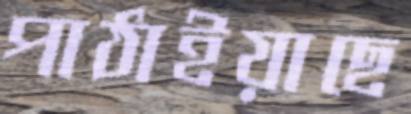
পাঠাইয়াছে